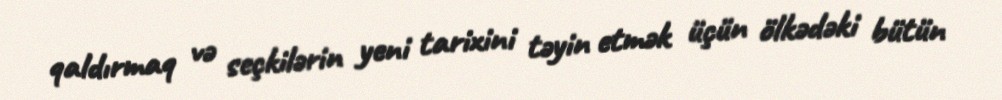
qaldırmaq və seçkilərin yeni tarixini təyin etmək üçün ölkədəki bütün